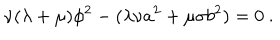
\nu ( \lambda + \mu ) \phi ^ { 2 } - ( \lambda \nu a ^ { 2 } + \mu \sigma b ^ { 2 } ) = 0 ~ .